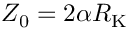
Z _ { 0 } = 2 \alpha R _ { \mathrm { K } }